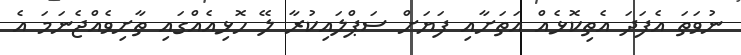
ނުވަތަ އެފަދަ އެތިކޮޅެއް އަތަށާއި ފަޔަށް ސަޕްލައިކުރާ ލޭ ހޮޅިއެއްގައި ތާށިވެއްޖެނަމަ އެ